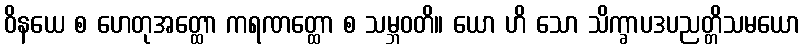
ဝိနယေ စ ဟေတုအတ္ထော ကရဏတ္ထော စ သမ္ဘဝတိ။ ယော ဟိ သော သိက္ခာပဒပညတ္တိသမယော